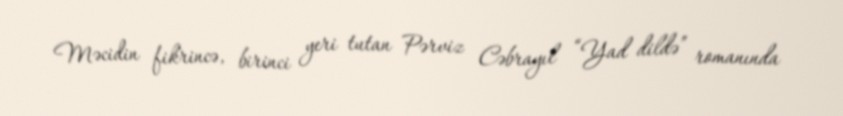
Məcidin fikrincə, birinci yeri tutan Pərviz Cəbrayıl “Yad dildə” romanında